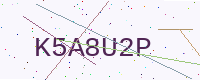
Text: K5A8U2P